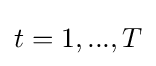
t=1,...,T